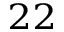
_ { 2 2 }